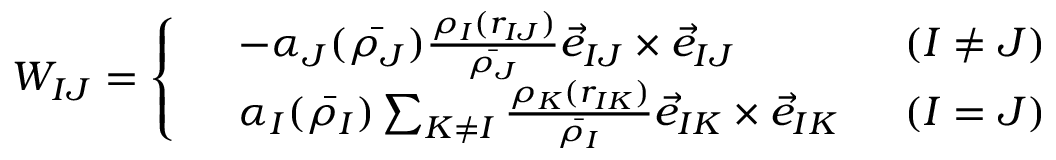
W _ { I J } = \left\{ \begin{array} { r l r } & { - \alpha _ { J } ( \bar { \rho _ { J } } ) \frac { \rho _ { I } ( r _ { I J } ) } { \bar { \rho _ { J } } } \vec { e } _ { I J } \times \vec { e } _ { I J } } & { \; \; ( I \ne J ) } \\ & { \alpha _ { I } ( \bar { \rho _ { I } } ) \sum _ { K \ne I } \frac { \rho _ { K } ( r _ { I K } ) } { \bar { \rho _ { I } } } \vec { e } _ { I K } \times \vec { e } _ { I K } } & { \; \; ( I = J ) } \end{array} \right.